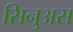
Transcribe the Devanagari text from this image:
सिनुअस